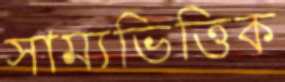
সাম্যভিত্তিক